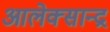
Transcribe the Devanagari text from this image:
आलेक्सान्द्र